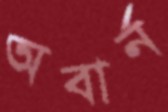
অবার্ন